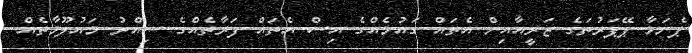
ޕެނަމާ ޕޭޕަރުތަގެ ޒަރީއާއިން އެތައް ގައުމެއްގެ އިސް އެތައް ފަރާތެއްގެ ސިއްރު މައުލޫމާތެއް